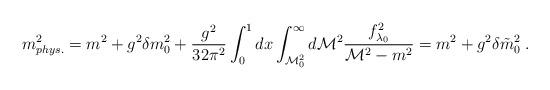
LaTeX: \begin{align*}m^2_{phys.} = m^2 + g^2 \delta m^2_0 + \frac{g^2}{32\pi^2} \int_0^1dx \int_{{\cal M}^2_0}^\infty d {\cal M}^2\frac{f^2_{\lambda_0}}{{\cal M}^2 - m^2} = m^2 + g^2 \delta\tilde{m}^2_0 \; . \end{align*}